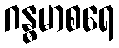
ဂန္ဓမာစရေ